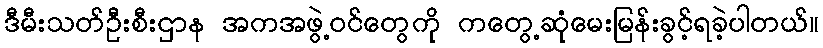
ဒီမီးသတ်ဦးစီးဌာန အကအဖွဲ့ဝင်တွေကို ကတွေ့ဆုံမေးမြန်းခွင့်ရခဲ့ပါတယ်။